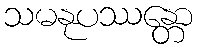
သမနုပဿန္တော